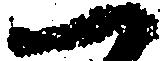
一